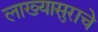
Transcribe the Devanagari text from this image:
लाख्यासुराचे